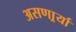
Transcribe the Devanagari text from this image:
असणार्र्या